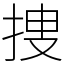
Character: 捜